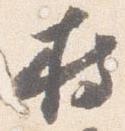
持